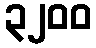
၃၂၀၀